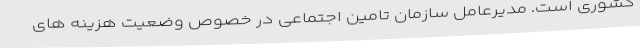
کشوری است. مدیرعامل سازمان تامین اجتماعی در خصوص وضعیت هزینه های